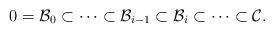
LaTeX: \begin{align*} 0=\mathcal{B}_0\subset\cdots\subset \mathcal{B}_{i-1}\subset\mathcal{B}_{i}\subset\cdots\subset \mathcal{C}.\end{align*}